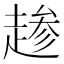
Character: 𫎺